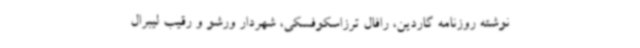
نوشته روزنامه گاردین، رافال ترزاسکوفسکی، شهردار ورشو و رقیب لیبرال